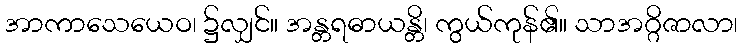
အာကာသေယေဝ၊ ၌လျှင်။ အန္တရဓာယန္တိ၊ ကွယ်ကုန်၏။ သာအဂ္ဂိဇာလာ၊